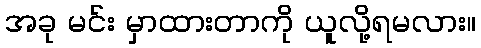
အခု မင်း မှာထားတာကို ယူလို့ရမလား။